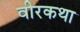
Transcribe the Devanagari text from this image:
वीरकथा